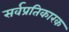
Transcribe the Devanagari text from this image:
सर्वप्रतिकारक